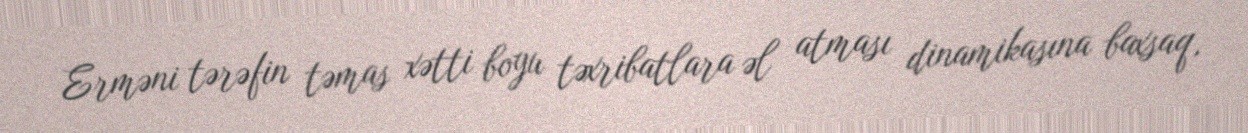
Erməni tərəfin təmas xətti boyu təxribatlara əl atması dinamikasına baxsaq,